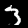
Label: 3